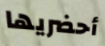
أحضريها